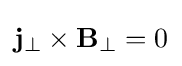
\mathbf {j} _{\perp }\times \mathbf {B} _{\perp }=0